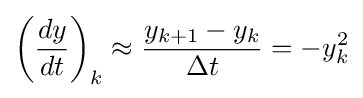
\left({\frac {dy}{dt}}\right)_{k}\approx {\frac {y_{k+1}-y_{k}}{\Delta t}}=-y_{k}^{2}